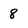
Character: 8